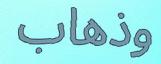
وذھاب